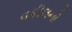
વકીલનો